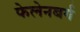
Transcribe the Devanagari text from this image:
फेलेनबर्ग